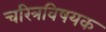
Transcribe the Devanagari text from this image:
चरित्रविषयक